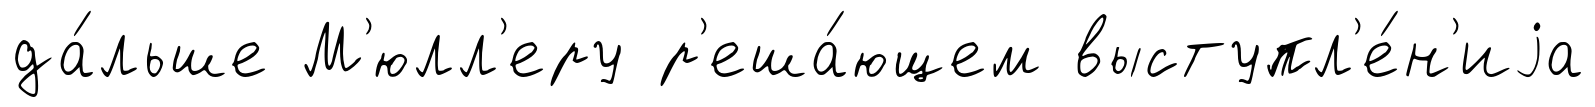
да́льше М'юлл'еру р'еша́ющем выступл'е́н'иjа